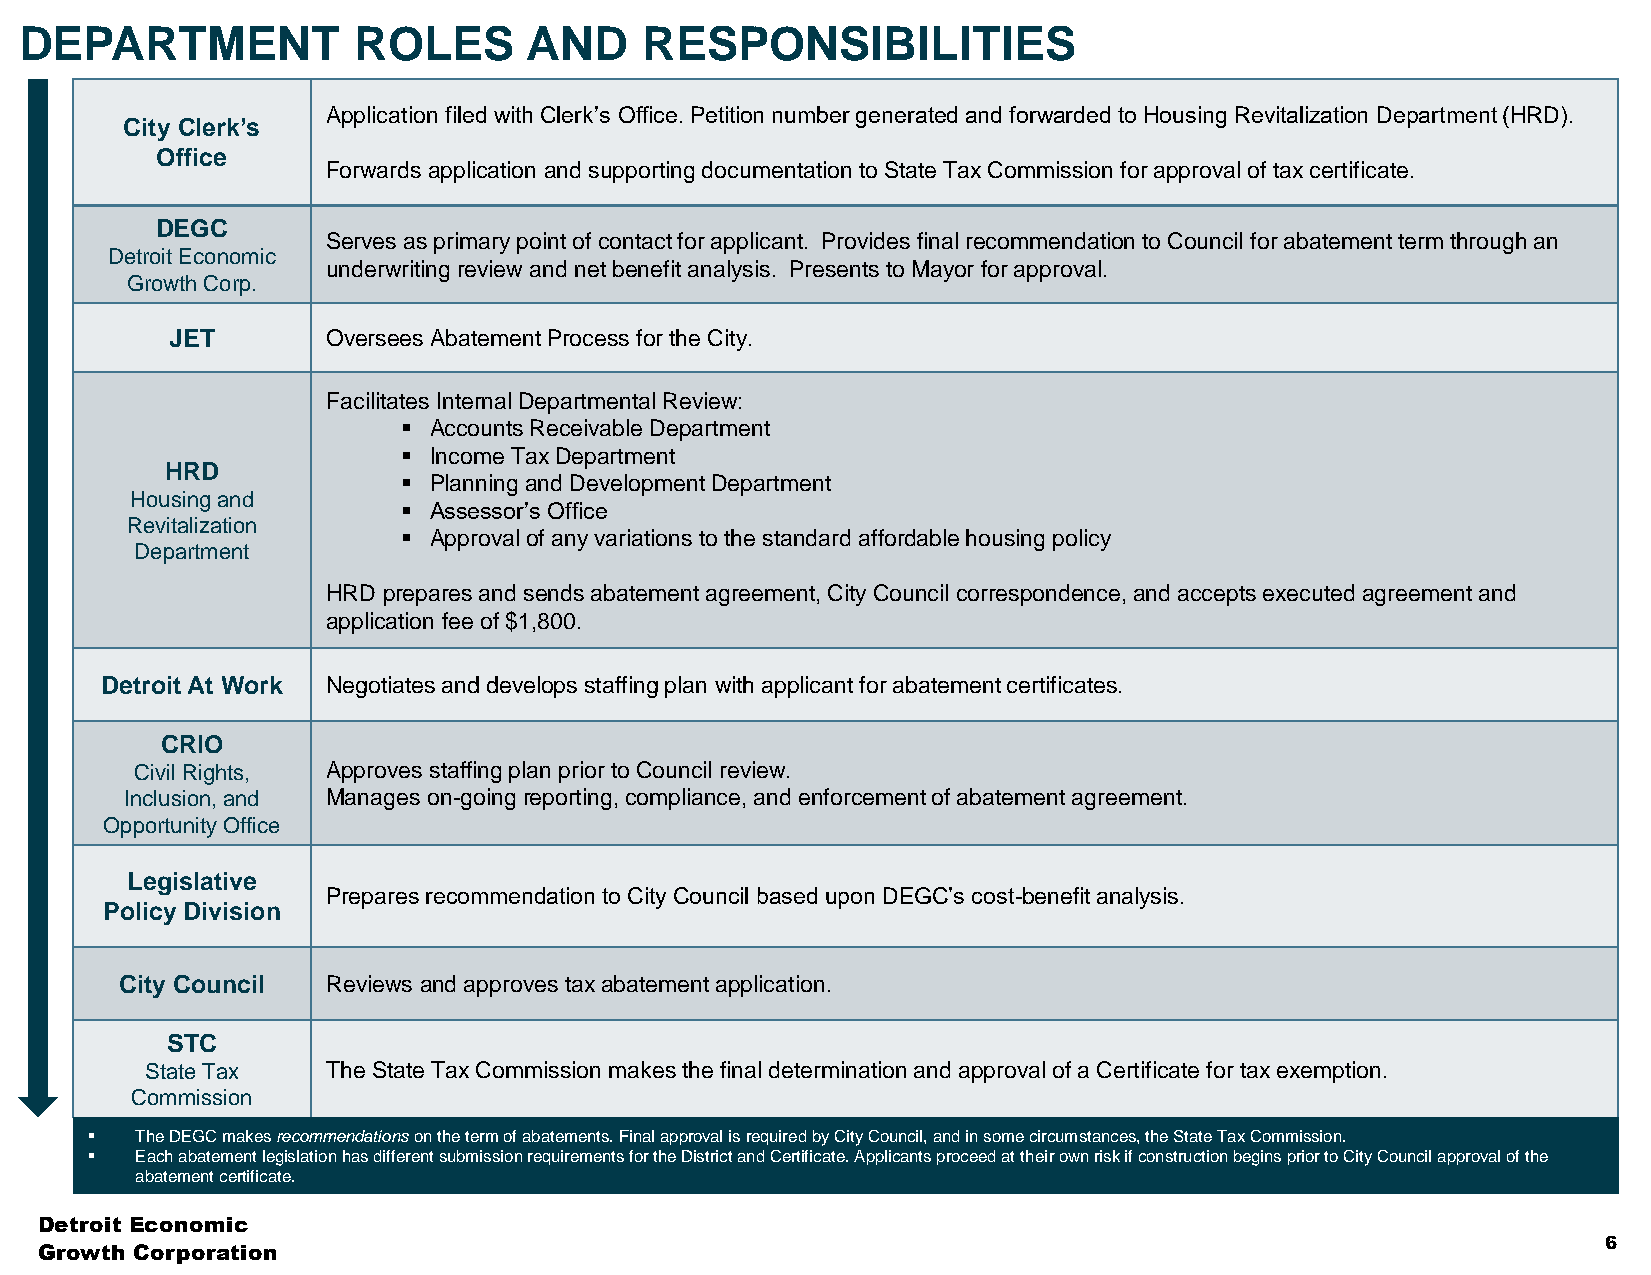
DEPARTMENT            ROLES       AND    RESPONSIBILITIES
 Application filed with Clerk’s Office. Petition number generated and forwarded to Housing Revitalization Department (HRD).
 City Clerk’s
 Office
 Forwards application and supporting documentation to State Tax Commission for approval of tax certificate.
 DEGC
 Serves as primary point of contact for applicant. Provides final recommendation to Council for abatement term through an
 Detroit Economic
 underwriting review and net benefit analysis. Presents to Mayor for approval.
 Growth Corp.
 JET        Oversees Abatement Process for the City.
 Facilitates Internal Departmental Review:
 ▪ Accounts Receivable Department
 ▪ Income Tax Department
 HRD
 ▪ Planning and Development Department
 Housingand
 ▪ Assessor’s Office
 Revitalization
 ▪ Approval of any variations to the standard affordable housing policy
 Department
 HRD prepares and sends abatement agreement, City Council correspondence, and accepts executed agreement and
 application fee of $1,800.
 Detroit At Work Negotiates and develops staffing plan with applicant for abatement certificates.
 CRIO
 Civil Rights, Approves staffing plan prior to Council review.
 Inclusion, and Manages on-goingreporting, compliance, and enforcement of abatement agreement.
 Opportunity Office
 Legislative
 Prepares recommendation to City Council based upon DEGC’s cost-benefit analysis.
 Policy Division
 City Council  Reviews and approves tax abatement application.
 STC
 State Tax   The State Tax Commission makes the final determination and approval of a Certificate for tax exemption.
 Commission
 ▪  The DEGC makes recommendationson the term of abatements. Final approval is required by City Council, and in some circumstances, the State Tax Commission.
 ▪  Each abatement legislation has different submission requirements for the District and Certificate. Applicants proceed at their own risk if construction begins prior to City Council approval of the
 abatement certificate.
 Detroit Economic
 6
 Growth Corporation